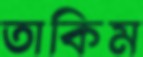
তাকিম